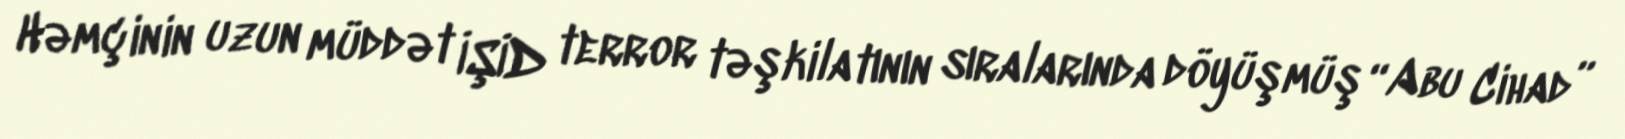
Həmçinin uzun müddət İŞİD terror təşkilatının sıralarında döyüşmüş “Abu Cihad”